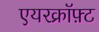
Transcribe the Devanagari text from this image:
एयरक्रॉफ़्ट